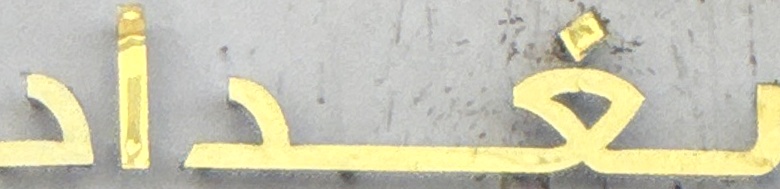
بغداد